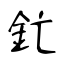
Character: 釯